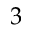
3